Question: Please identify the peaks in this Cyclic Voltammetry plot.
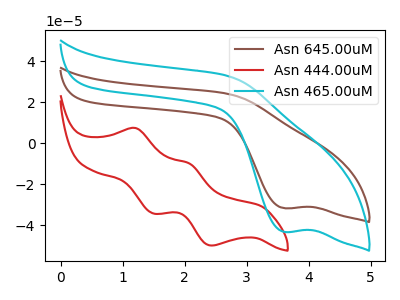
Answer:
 <answer>The brown curve "Asn 645.00uM" has a cathodic peak at: (3.60V, -31.80uA). The red curve "Asn 444.00uM" has anodic peaks at (1.20V, 7.30uA) (2.05V, -9.90uA) and cathodic peaks at (1.50V, -34.30uA) (2.45V, -49.95uA). The cyan curve "Asn 465.00uM" has a cathodic peak at: (3.60V, -43.30uA).</answer>
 <eval></eval>